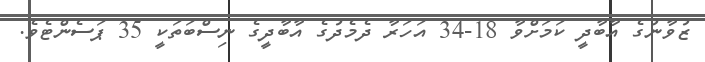
ޒުވާނުގެ އާބާދީ ކަމަށްވާ 18-34 އަހަރާ ދެމެދުގެ އާބާދީގެ ނިސްބަތަކީ 35 ޕަސެންޓެވެ.